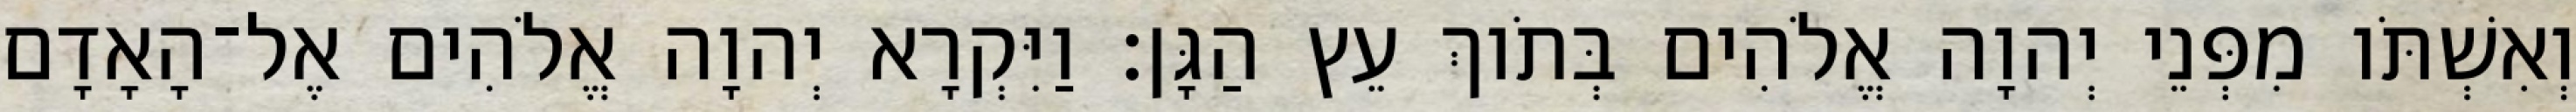
וְאִשְׁתֹּו מִפְּנֵי יְהוָה אֱלֹהִים בְּתֹוךְ עֵץ הַגָּן׃ וַיִּקְרָא יְהוָה אֱלֹהִים אֶל־הָאָדָם